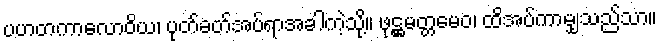
ပဟတကာလောဝိယ၊ ပုတ်ခတ်အပ်ရာအခါကဲ့သို့။ ဖုဋ္ဌမတ္တမေဝ၊ ထိအပ်ကာမျှသည်သာ။